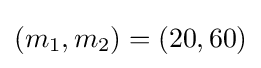
(m_{1},m_{2})=(20,60)